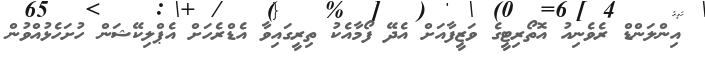
އިންލަންޑް ރެވެނިއު އޮތޯރިޓީގެ ވަޒީފާއަށް އެދޭ ފޯމާއެކު ތިރީގައިވާ އެޑްރެހަށް އެޕްލިކޭޝަން ހުށަހެޅުއްވުން